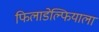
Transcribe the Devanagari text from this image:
फिलाडेल्फियाला